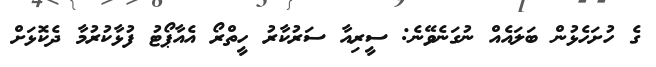
ގެ ހުށަހެޅުން ބަލައެއް ނުގަނެވޭނެ: ސީރިއާ ސަރުކާރު ހީތްރޯ އެއާޕޯޓު ފުޅާކުރުމާ ދެކޮޅަށް